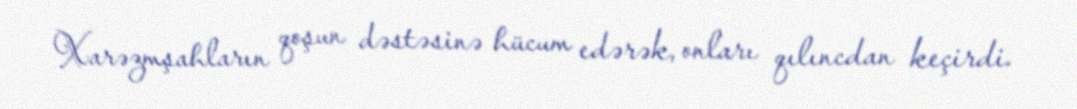
Xarəzmşahların qoşun dəstəsinə hücum edərək, onları qılıncdan keçirdi.